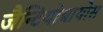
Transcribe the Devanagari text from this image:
जैन्टियोबायोस